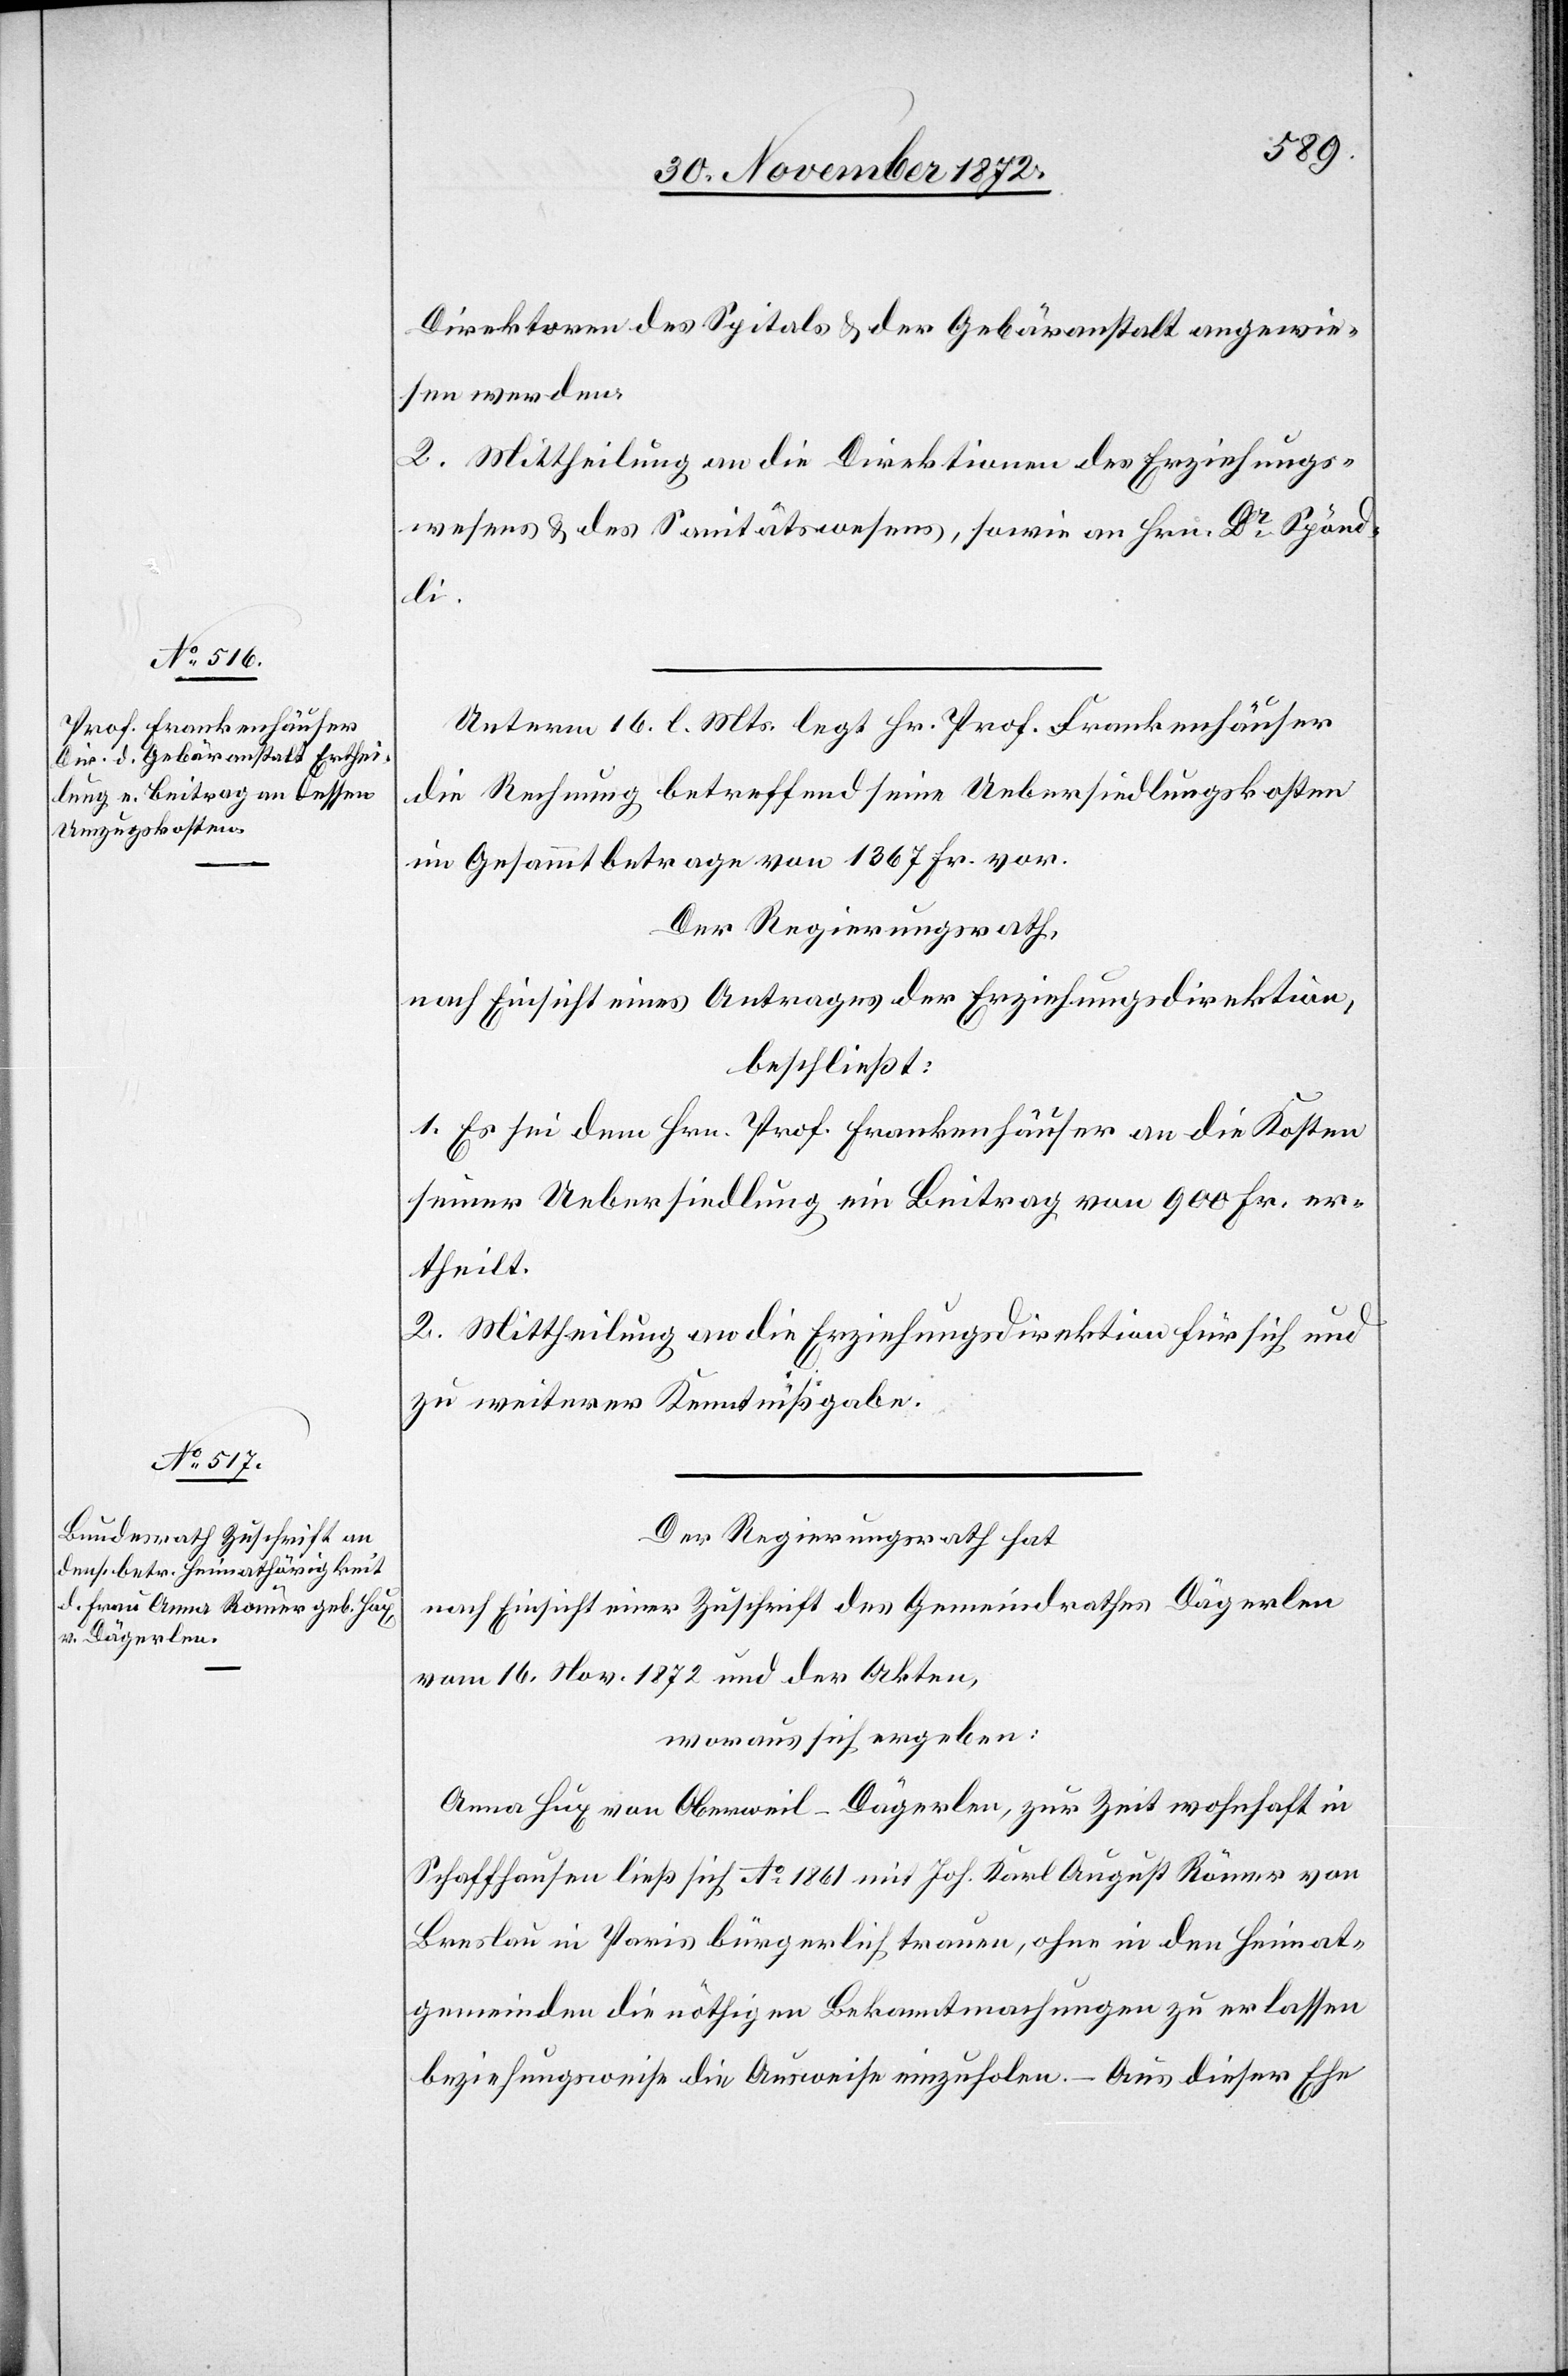
Unterm 16. l. Mts. legt Hr. Prof. Frankenhäuser
die Rechnung betreffend seine Uebersiedlungskosten
im Gesammtbetrage von 1 367 Fr. vor.
Der Regierungsrath,
nach Einsicht eines Antrages der Erziehungsdirektion,
beschließt:
1. Es sei dem Hrn. Prof. Frankenhäuser an die Kosten
seiner Uebersiedlung ein Beitrag von 900 Fr. er¬
theilt.
2. Mittheilung an die Erziehungsdirektion für sich und
zu weiterer Kenntnißgabe.
Der Regierungsrath hat
nach Einsicht einer Zuschrift des Gemeindrathes Dägerlen
vom 16. Nov. 1872 und der Akten,
woraus sich ergeben:
Anna Hug von Oberweil-Dägerlen, zur Zeit wohnhaft in
Schaffhausen ließ sich Ao 1861 mit Joh. Karl August Römer von
Breslau in Paris bürgerlich trauen, ohne in den Heimat¬
gemeinden die nöthigen Bekanntmachungen zu erlassen
beziehungsweise die Ausweise einzuholen. – Aus dieser Ehe